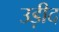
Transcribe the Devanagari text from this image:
उड़ीद